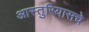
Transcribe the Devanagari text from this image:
आस्तुरियासचे